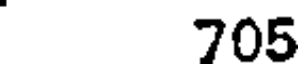
705